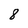
Character: 8